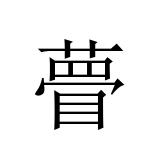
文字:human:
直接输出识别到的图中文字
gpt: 瞢